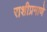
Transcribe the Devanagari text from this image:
राशीप्रमाणे